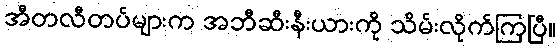
အီတလီတပ်များက အဘီဆီးနီးယားကို သိမ်းလိုက်ကြပြီ။